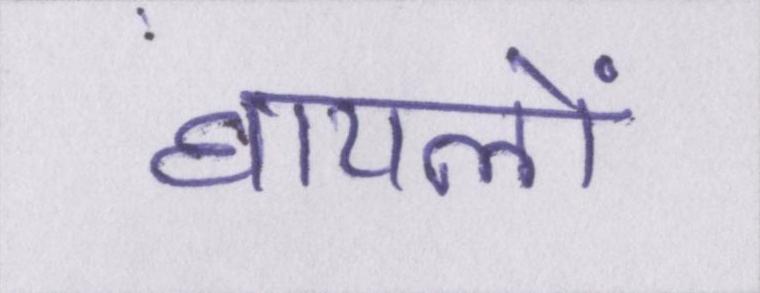
घायलों